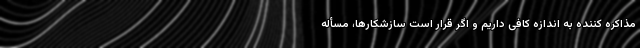
مذاکره کننده به اندازه کافی داریم و اگر قرار است سازشکارها، مسأله